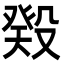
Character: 𬆬